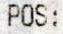
POS: